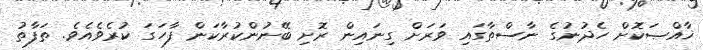
ޚާއްޞަކޮށް ހެދުނުގެ ނާސްތާގައި ވަރަށް ގިނައިން ރޮށި ބޭނުންކުރާކަން ފާހަގަ ކުރެވެއެވެ. ތަފާތު